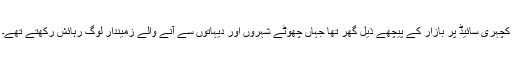
کچہری سائیڈ پر بازار کے پیچھے ذیل گھر تھا جہاں چھوٹے شہروں اور دیہاتوں سے آنے والے زمیندار لوگ رہائش رکھتے تھے۔